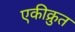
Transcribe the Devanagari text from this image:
एकीक्रुत